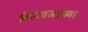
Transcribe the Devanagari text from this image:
इंद्रध्वजाच्या